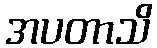
အပတာသိ